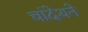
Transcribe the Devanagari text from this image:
चांदेथने